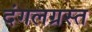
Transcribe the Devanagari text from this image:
दंगलग्रस्त